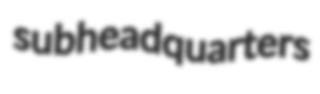
subheadquarters